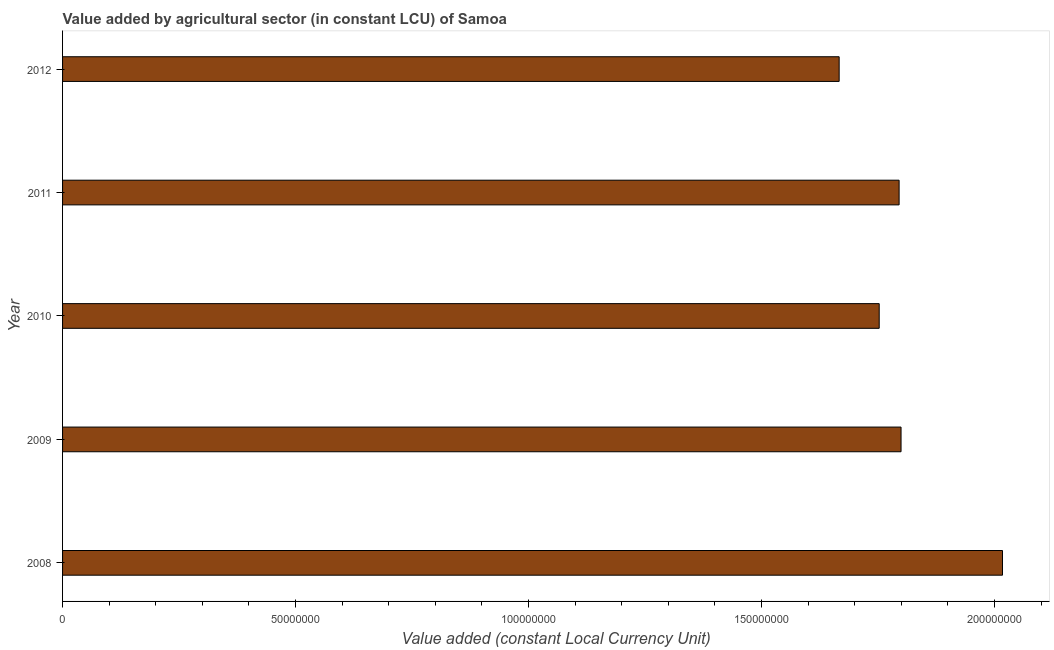
| Year | Agriculture |
 | --- | --- |
 | 2008 | 2.02e+08 |
 | 2009 | 1.8e+08 |
 | 2010 | 1.75e+08 |
 | 2011 | 1.8e+08 |
 | 2012 | 1.67e+08 |